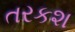
તરકશ